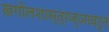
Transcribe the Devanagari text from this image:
खगोलशास्त्रज्ञावरुन